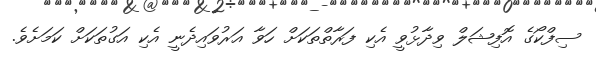
ސިފްކޯގެ އޮފިޝަލް ވިދާޅުވީ އެކި ފަރާތްތަކަށް ހަވާ އަރުވައިދެނީ އެކި އަގުތަކަށް ކަމަށެވެ.